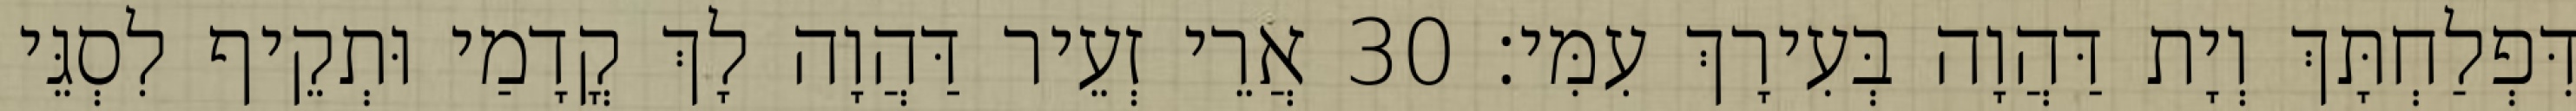
דִּפְלַחְתָּךְ וְיָת דַּהֲוָה בְּעִירָךְ עִמִּי׃ 30 אֲרֵי זְעֵיר דַּהֲוָה לָךְ קֳדָמַי וּתְקֵיף לִסְגֵּי